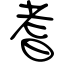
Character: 耆